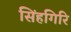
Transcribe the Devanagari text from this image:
सिंहगिरि